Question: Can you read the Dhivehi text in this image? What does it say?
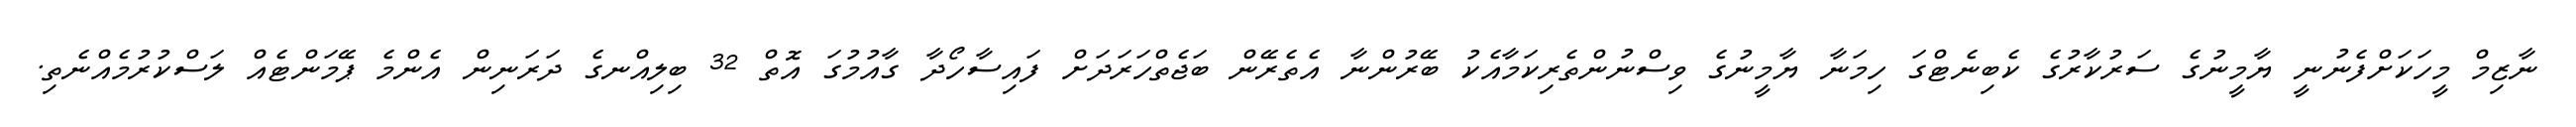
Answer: ނާޒިމް މީހަކަށްފެނުނީ ޔާމީނުގެ ސަރުކާރުގެ ކެބިނެޓްގަ ހިމަނާ ޔާމީނުގެ ވިސްނުންތެރިކަމާއެކު ބޭރުންނާ އެތެރޭން ބަޖެތްހަރަދަށް ފައިސާހޯދާ ގާއުމުގަ އޮތް 32 ބިލިއްނގެ ދަރަނިން އެންމެ ޕޭމަންޓެއް ލަސްކުރުމެއްނެތި.